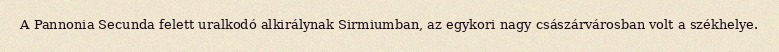
A Pannonia Secunda felett uralkodó alkirálynak Sirmiumban, az egykori nagy császárvárosban volt a székhelye.